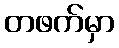
တဖက်မှာ